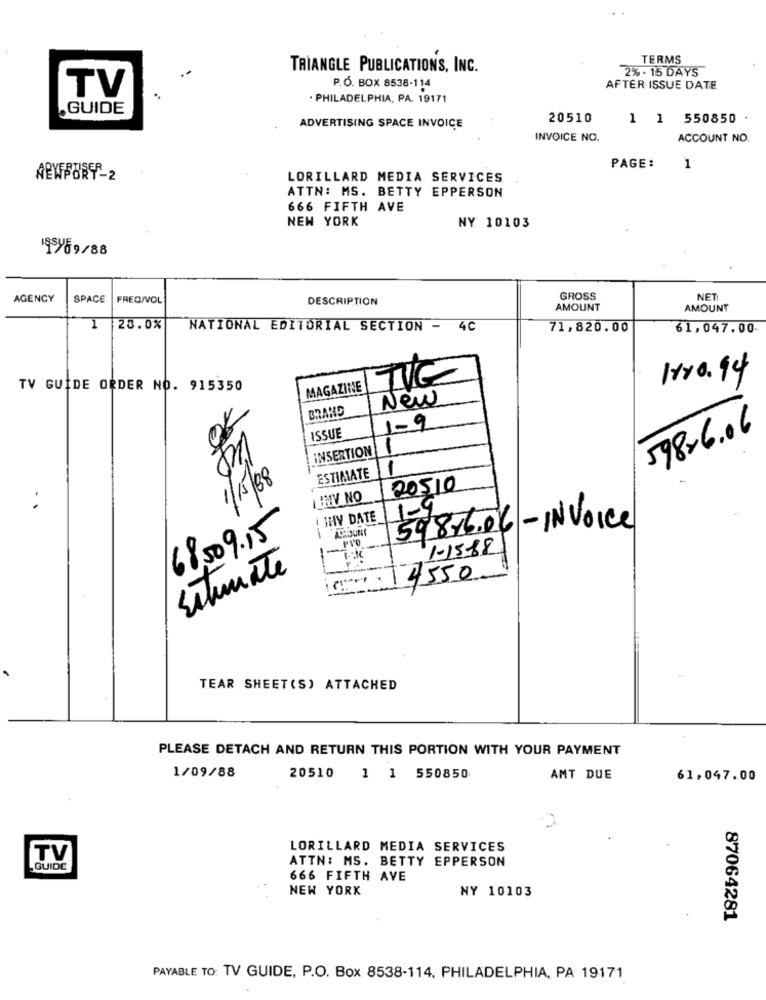
TERMS
TRIANGLE PUBLICATIONS, INC.
2% . 15 DAYS
TV
P.O. BOX 8538-114
AFTER ISSUE DATE
. PHILADELPHIA, PA. 19171
.GUIDE
20510
1 1 550850
ADVERTISING SPACE INVOICE
INVOICE NO.
ACCOUNT NO.
PAGE:
1
ABYFSURF-2
LORILLARD MEDIA SERVICES
ATTN: MS. BETTY EPPERSON
666 FIFTH AVE
NEW YORK
NY 10103
195/59/88
AGENCY
SPACE
FREQ/VOL
DESCRIPTION
GROSS
NET
AMOUNT
AMOUNT
23.0%
NATIONAL EDITORIAL SECTION - 4C
71,820.00
61,047.00.
TVE
180.94
TV GUIDE ORDER NO. 915350
MAGAZINE
New
BRAND
1-9
598-6.06
ISSUE
INSERTION
ESTIMATE
1
1/5/88
20510
I INV NO
! IHY DATE
68.509.15
59816.06 -INVoice
Pro
1-15-88
SituaTe
14550
TEAR SHEET(S) ATTACHED
PLEASE DETACH AND RETURN THIS PORTION WITH YOUR PAYMENT
1/09/88
20510
1 1 550850
AMT DUE
61,047.00
LORILLARD MEDIA SERVICES
TV
ATTN: MS. BETTY EPPERSON
GUIDE
666 FIFTH AVE
NEW YORK
NY 10103
87064281
PAYABLE TO: TV GUIDE, P.O. Box 8538-114, PHILADELPHIA, PA 19171